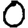
Digit: 0